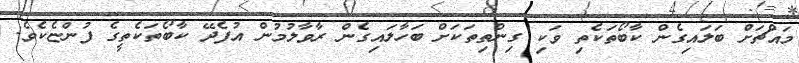
މައްޗަށް ބަލައިގެން ކާބޯތަކެތި ވަކި ގިންތިތަކަށް ބަހާލައިގެން ރާވާލުމުން އުފެދޭ ކާބޯތަކެތީގެ ފުންޏެކެވެ.